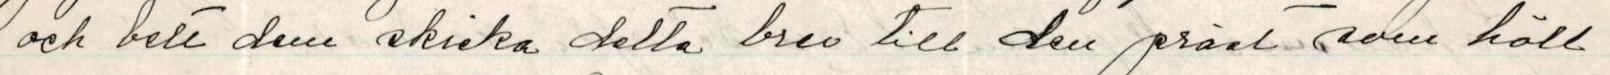
och bett den skrika detta brev till den präst som höll